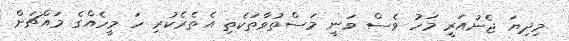
މިދިޔަ ޖެނުއަރީ މަހު ވެސް ވަނީ މަސްތުވާތަކެތި އެތެރެކުރި ހަ މީހެއްގެ މައްޗަށް